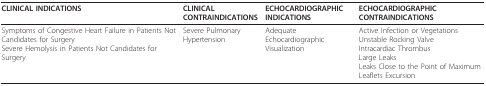
<table><thead><tr><td><b>CLINICAL INDICATIONS</b></td><td><b>CLINICAL CONTRAINDICATIONS</b></td><td><b>ECHOCARDIOGRAPHIC INDICATIONS</b></td><td><b>ECHOCARDIOGRAPHIC CONTRAINDICATIONS</b></td></tr></thead><tbody><tr><td>Symptoms of Congestive Heart Failure in Patients Not Candidates for SurgerySevere Hemolysis in Patients Not Candidates for Surgery</td><td>Severe Pulmonary Hypertension</td><td>AdequateEchocardiographic Visualization</td><td>Active Infection or VegetationsUnstable Rocking ValveIntracardiac ThrombusLarge LeaksLeaks Close to the Point of Maximum Leaflets Excursion</td></tr></tbody></table>